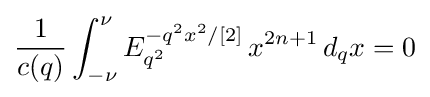
{\frac {1}{c(q)}}\int _{-\nu }^{\nu }E_{q^{2}}^{-q^{2}x^{2}/[2]}\,x^{2n+1}\,d_{q}x=0